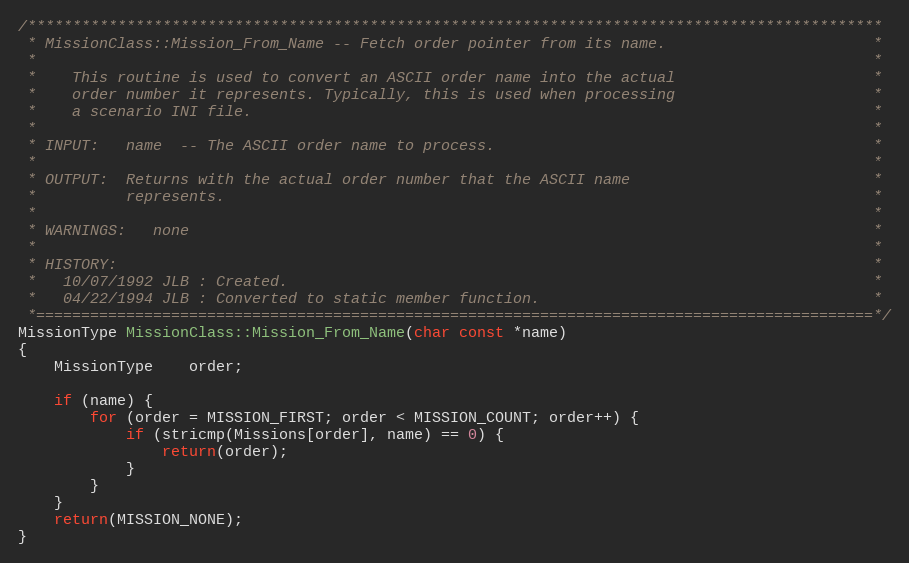
Language: C++
/***********************************************************************************************
 * MissionClass::Mission_From_Name -- Fetch order pointer from its name.                       *
 *                                                                                             *
 *    This routine is used to convert an ASCII order name into the actual                      *
 *    order number it represents. Typically, this is used when processing                      *
 *    a scenario INI file.                                                                     *
 *                                                                                             *
 * INPUT:   name  -- The ASCII order name to process.                                          *
 *                                                                                             *
 * OUTPUT:  Returns with the actual order number that the ASCII name                           *
 *          represents.                                                                        *
 *                                                                                             *
 * WARNINGS:   none                                                                            *
 *                                                                                             *
 * HISTORY:                                                                                    *
 *   10/07/1992 JLB : Created.                                                                 *
 *   04/22/1994 JLB : Converted to static member function.                                     *
 *=============================================================================================*/
MissionType MissionClass::Mission_From_Name(char const *name)
{
	MissionType	order;

	if (name) {
		for (order = MISSION_FIRST; order < MISSION_COUNT; order++) {
			if (stricmp(Missions[order], name) == 0) {
				return(order);
			}
		}
	}
	return(MISSION_NONE);
}